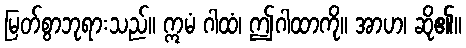
မြတ်စွာဘုရားသည်။ ဣမံ ဂါထံ၊ ဤဂါထာကို။ အာဟ၊ ဆို၏။